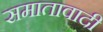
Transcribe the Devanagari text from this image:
समातावादी